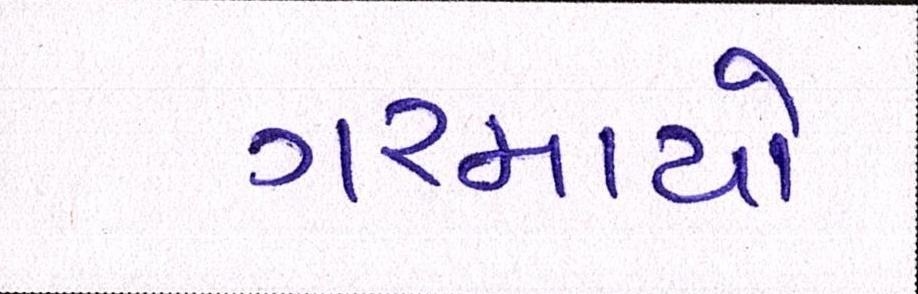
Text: ગરમાયો